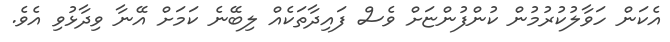
އެކަން ހަވާލުކުރުމުން ކުންފުންޏަށް ވެސް ފައިދާތަކެއް ލިބޭނެ ކަމަށް އޭނާ ވިދާޅުވި އެވެ.